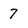
Character: 7